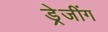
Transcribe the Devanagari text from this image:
ड्रेजींग